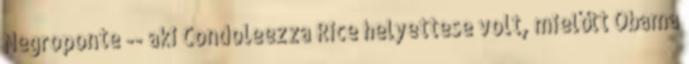
Negroponte -- aki Condoleezza Rice helyettese volt, mielőtt Obama